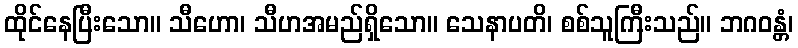
ထိုင်နေပြီးသော။ သီဟော၊ သီဟအမည်ရှိသော။ သေနာပတိ၊ စစ်သူကြီးသည်။ ဘဂဝန္တံ၊